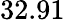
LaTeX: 32.91